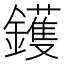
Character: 鑊